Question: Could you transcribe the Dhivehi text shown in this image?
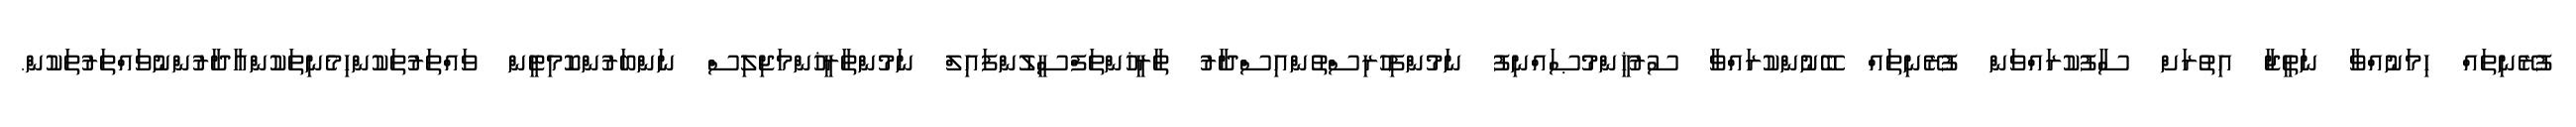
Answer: ފުރޭނިތައް ހިމަނުއްވާ ނަތީޖާ އިތުރަށް ސާފުކުރައްވަން ފުރޭނިތައް ބޭނުންކުރައްވާ ސުރުޚީންމުޞައްނިފު ނަމުންފިހުރިސްތުންއިސްދާރު ތާރީޚުންތަފްސީލުންފައިލް ނަމުންތާރީޚުންމަޖިލިސް ނަންބަރުންކޮމިޓީން ވައްތަރުތަކުންހިމެނިތަކުންއާދާރުންނުވައްތަރުތަކުން.